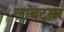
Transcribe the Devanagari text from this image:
लांबटसर